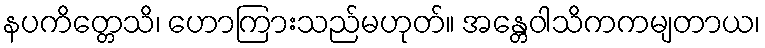
နပကိတ္တေသိ၊ ဟောကြားသည်မဟုတ်။ အန္တေဝါသိကကမျတာယ၊